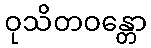
ဝုသိတဝန္တော